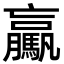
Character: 驘